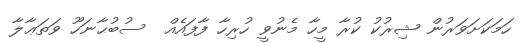
ހަމަކަށަވަރުން ޝިރުކު ކުރާ މީހާ މެނުވީ ހުރިހާ ފާފައެއް  ސުބުޙާނަހޫ ވަތަޢާލާ